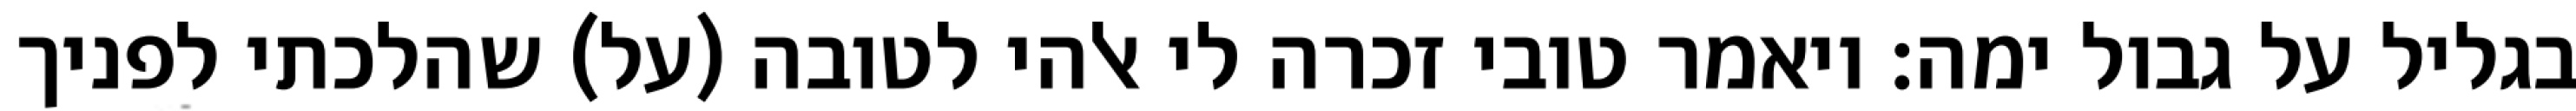
בגליל על גבול ימה: ויאמר טובי זכרה לי אלהי לטובה (על) שהלכתי לפניך